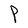
Character: P